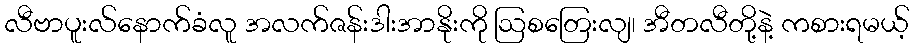
လီဗာပူးလ်နောက်ခံလူ အလက်ဇန်းဒါးအာနိုးကို ဩစတြေးလျ၊ အီတလီတို့နဲ့ ကစားရမယ့်